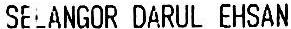
SELANGOR DARUL EHSAN